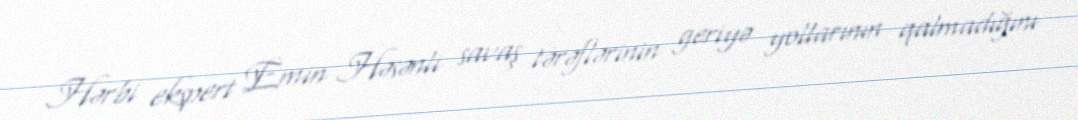
Hərbi ekspert Emin Həsənli savaş tərəflərinin geriyə yollarının qalmadığını